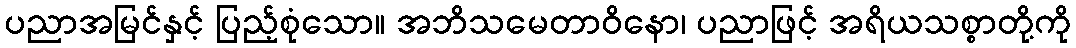
ပညာအမြင်နှင့် ပြည့်စုံသော။ အဘိသမေတာဝိနော၊ ပညာဖြင့် အရိယသစ္စာတို့ကို